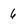
Character: 6